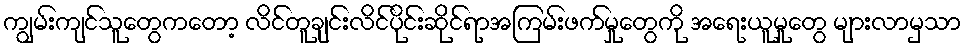
ကျွမ်းကျင်သူတွေကတော့ လိင်တူချင်းလိင်ပိုင်းဆိုင်ရာအကြမ်းဖက်မှုတွေကို အရေးယူမှုတွေ များလာမှသာ